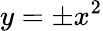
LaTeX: y=\pm x^{2}